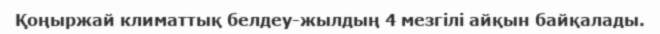
Қоңыржай климаттық белдеу-жылдың 4 мезгілі айқын байқалады.